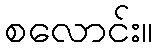
စလောင်း။